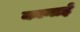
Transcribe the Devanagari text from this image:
कानाई